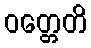
ဝတ္တေတိ